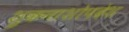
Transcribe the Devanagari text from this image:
शुकनाशोपदेश